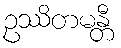
ဥဿိတမန္တီ